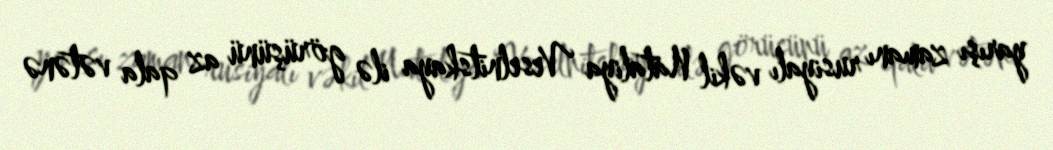
yarışı zamanı rusiyalı vəkil Nataliya Veselnitskaya ilə görüşünü az qala vətənə